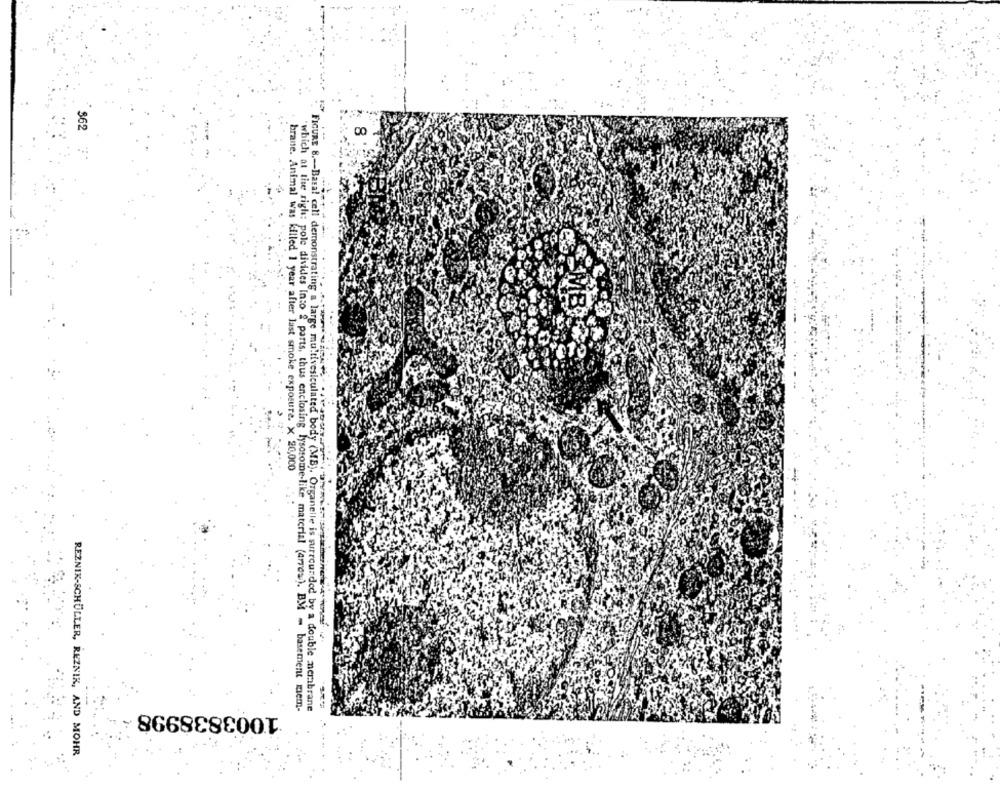
$62
brane. Animal was killed 1 year after last smoke exposure. X 20,000
which at the righ: pole divides inso 2 parts, thus enclosing lysosome-like material (arrow). BM - basement mem-
1003838998 -
FIGURE 8 .-- Basal cell demonstrating a large multivesiculated body (MB). Organelle is surrounded by a double membrane
REZNIK-SCHULLER, REZNIK, AND MOHR